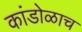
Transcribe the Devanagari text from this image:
कांडोळाच